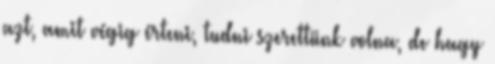
azt, amit végig érteni, tudni szerettünk volna, de hagy